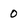
Character: 0